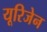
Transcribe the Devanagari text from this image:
यूरिजेन